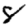
Digit: 8